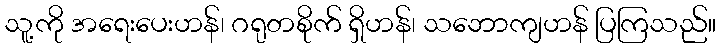
သူ့ကို အရေးပေးဟန်၊ ဂရုတစိုက် ရှိဟန်၊ သဘောကျဟန် ပြကြသည်။